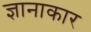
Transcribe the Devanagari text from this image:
ज्ञानाकार